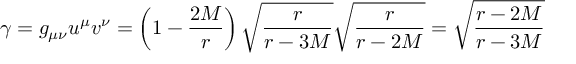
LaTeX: \gamma = g _ { \mu \nu } u ^ { \mu } v ^ { \nu } = \left( 1 - { \frac { 2 M } { r } } \right) { \sqrt { \frac { r } { r - 3 M } } } { \sqrt { \frac { r } { r - 2 M } } } = { \sqrt { \frac { r - 2 M } { r - 3 M } } }